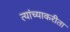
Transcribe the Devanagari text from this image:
त्यांच्याकरीता